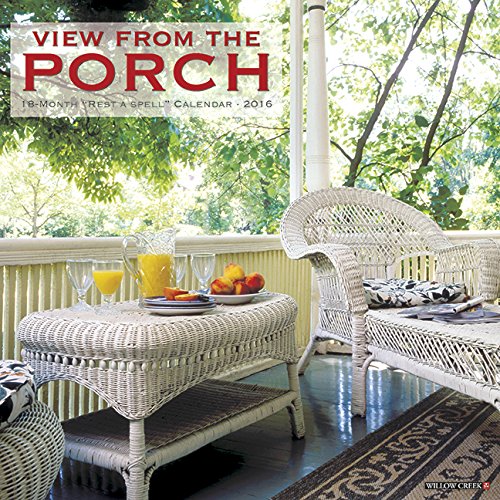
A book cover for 2016 Porch View Wall Calendar; Willow Creek Press; Arts & Photography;